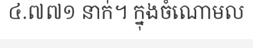
៤.៧៧១ នាក់។ ក្នុងចំណោមល